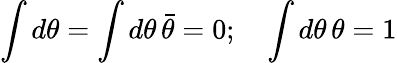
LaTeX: \int d\theta=\int d\theta\, \bar{\theta}=0;\quad\int d\theta\, \theta=1